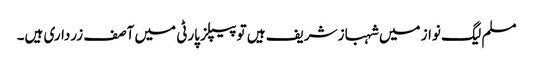
مسلم لیگ نواز میں شہباز شریف ہیں تو پیپلز پارٹی میں آصف زرداری ہیں۔